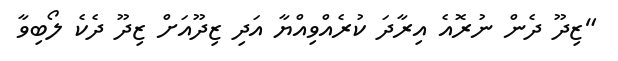
"ޒިދޫ ދެން ނުރޮއެ އިރާދަ ކުރެއްވިއްޔާ އަދި ޒިދޫއަށް ޒިދޫ ދެކެ ލޯބިވާ